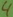
Text: 4